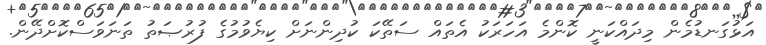
އަޅުގަނޑުމެން މިދައްކަނީ ކޮންމެ އަހަރަކު އެތައް ސަތޭކަ ކުދިންނަށް ކިޔެވުމުގެ ފުރުޞަތު ތަނަވަސްކޮށްދޭން.